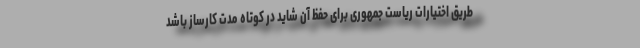
طریق اختیارات ریاست جمهوری برای حفظ آن شاید در کوتاه مدت کارساز باشد